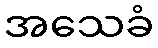
အသေခံ